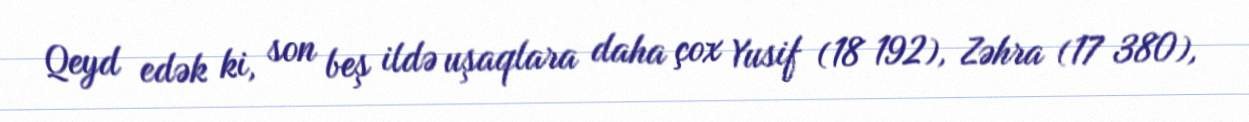
Qeyd edək ki, son beş ildə uşaqlara daha çox Yusif (18 192), Zəhra (17 380),